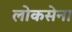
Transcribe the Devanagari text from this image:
लोकसेना